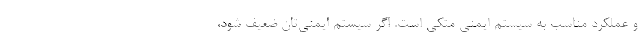
و عملکرد مناسب به سیستم ایمنی متکی است. اگر سیستم ایمنی‌تان ضعیف شود،